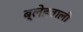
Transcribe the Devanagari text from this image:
ब्लेडवाली